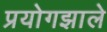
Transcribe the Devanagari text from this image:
प्रयोगझाले